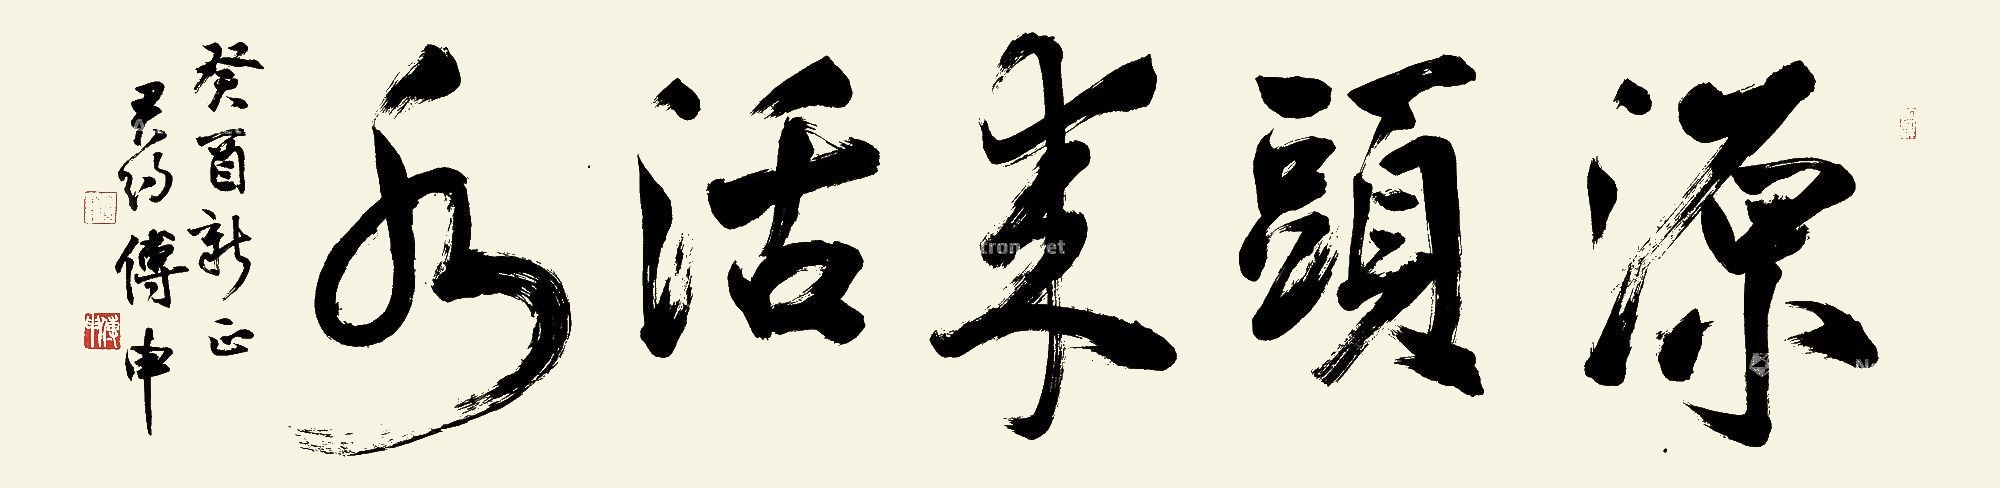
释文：源头来活水。癸酉新正，君约傅申。